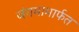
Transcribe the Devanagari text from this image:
जंगमामार्फत